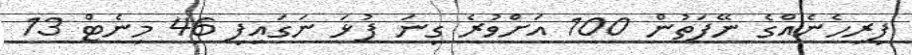
ފިރިހެނެއްގެ ނޭފަތުން 100 އަށްވުރެ ގިނަ ފުޅަ ނަގައިފި 46 މިނެޓް 13